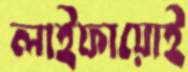
লাইফায়োই